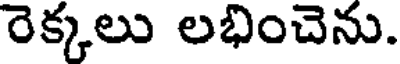
రెక్కలు లభించెను.